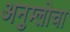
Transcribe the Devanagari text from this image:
अनुम्लोचा